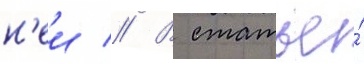
н'еи // В статье́